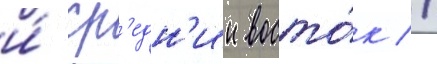
и́ ср'едн'ии восто́к //